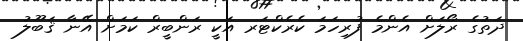
ދަތުގެ ރޯލަށް އެންމެ ފުރިހަމަ ކެރެކްޓަރ އަކީ ރަންބީރް ކަމަށް އޭނާ ޤަބޫލު